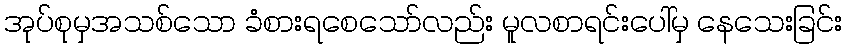
အုပ်စုမှအသစ်သော ခံစားရစေသော်လည်း မူလစာရင်းပေါ်မှ နေသေးခြင်း